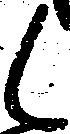
候